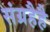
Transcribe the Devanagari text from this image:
संग्रहैहै